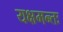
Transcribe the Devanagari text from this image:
यक्षमन्तः